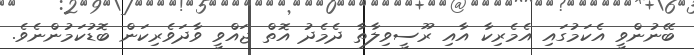
ބޭނުންވީ އެކަމުގައި އެމެރިކާ އާއި ރޫސީވިލާތާ ދެމެދު އޮތް ޖައްވީ ވާދަވެރިކަން ބޮޑުކަމުންނެވެ.